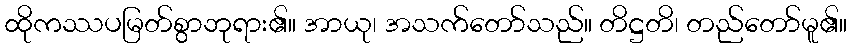
ထိုကဿပမြတ်စွာဘုရား၏။ အာယု၊ အသက်တော်သည်။ တိဋ္ဌတိ၊ တည်တော်မူ၏။